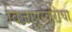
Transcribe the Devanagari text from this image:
विजापूरकरांचा